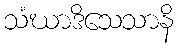
သံဃာဒိသေသာနိ